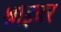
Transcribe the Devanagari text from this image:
श्राइबर